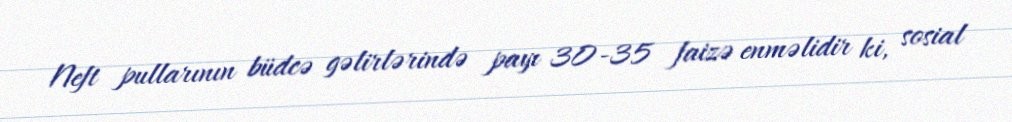
Neft pullarının büdcə gəlirlərində payı 30-35 faizə enməlidir ki, sosial